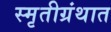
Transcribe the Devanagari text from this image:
स्मृतीग्रंथात